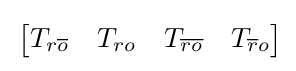
\,{\begin{bmatrix}T_{r{\overline {o}}}&T_{ro}&T_{\overline {ro}}&T_{{\overline {r}}o}\end{bmatrix}}